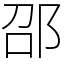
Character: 邵